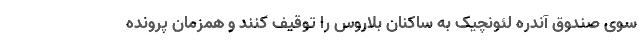
سوی صندوق آندره لئونچیک به ساکنان بلاروس را توقیف کنند و همزمان پرونده